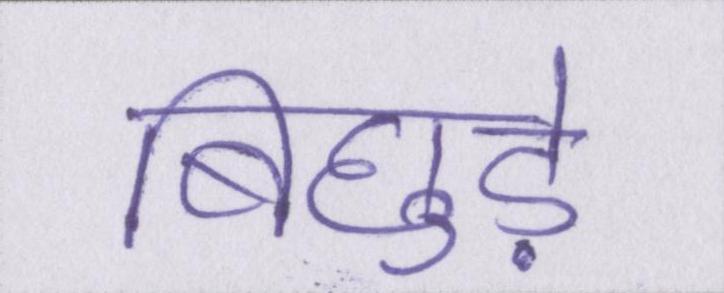
बिछुड़े